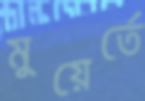
মুয়ের্তে